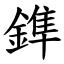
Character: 鎨